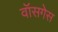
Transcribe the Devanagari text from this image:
वॉसगेस